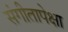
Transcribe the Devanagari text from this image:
संगीतापेक्षा